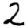
Digit: 2